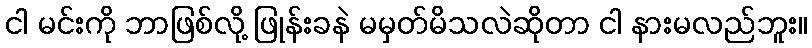
ငါ မင်းကို ဘာဖြစ်လို့ ဖြုန်းခနဲ မမှတ်မိသလဲဆိုတာ ငါ နားမလည်ဘူး။